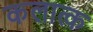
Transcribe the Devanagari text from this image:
कलात्क